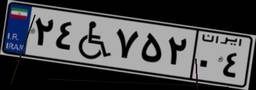
۲۴W۷۵۲۰۴